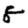
Digit: 8